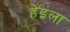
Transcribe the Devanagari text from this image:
हेइंला